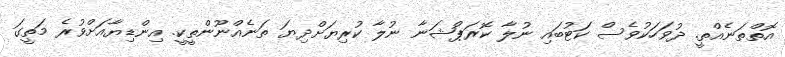
އޮތްތަނެއްތީ. ދުވަހަކުވެސް ކަަޓުބައި ނުލާ ކޮރަޕްޝަނާ ނުލާ ކުރިޔަށްދިޔަ ތަނެއްނޫންތީކީ. އިންޑިޔާއަށްވުރެ މަތީގަ